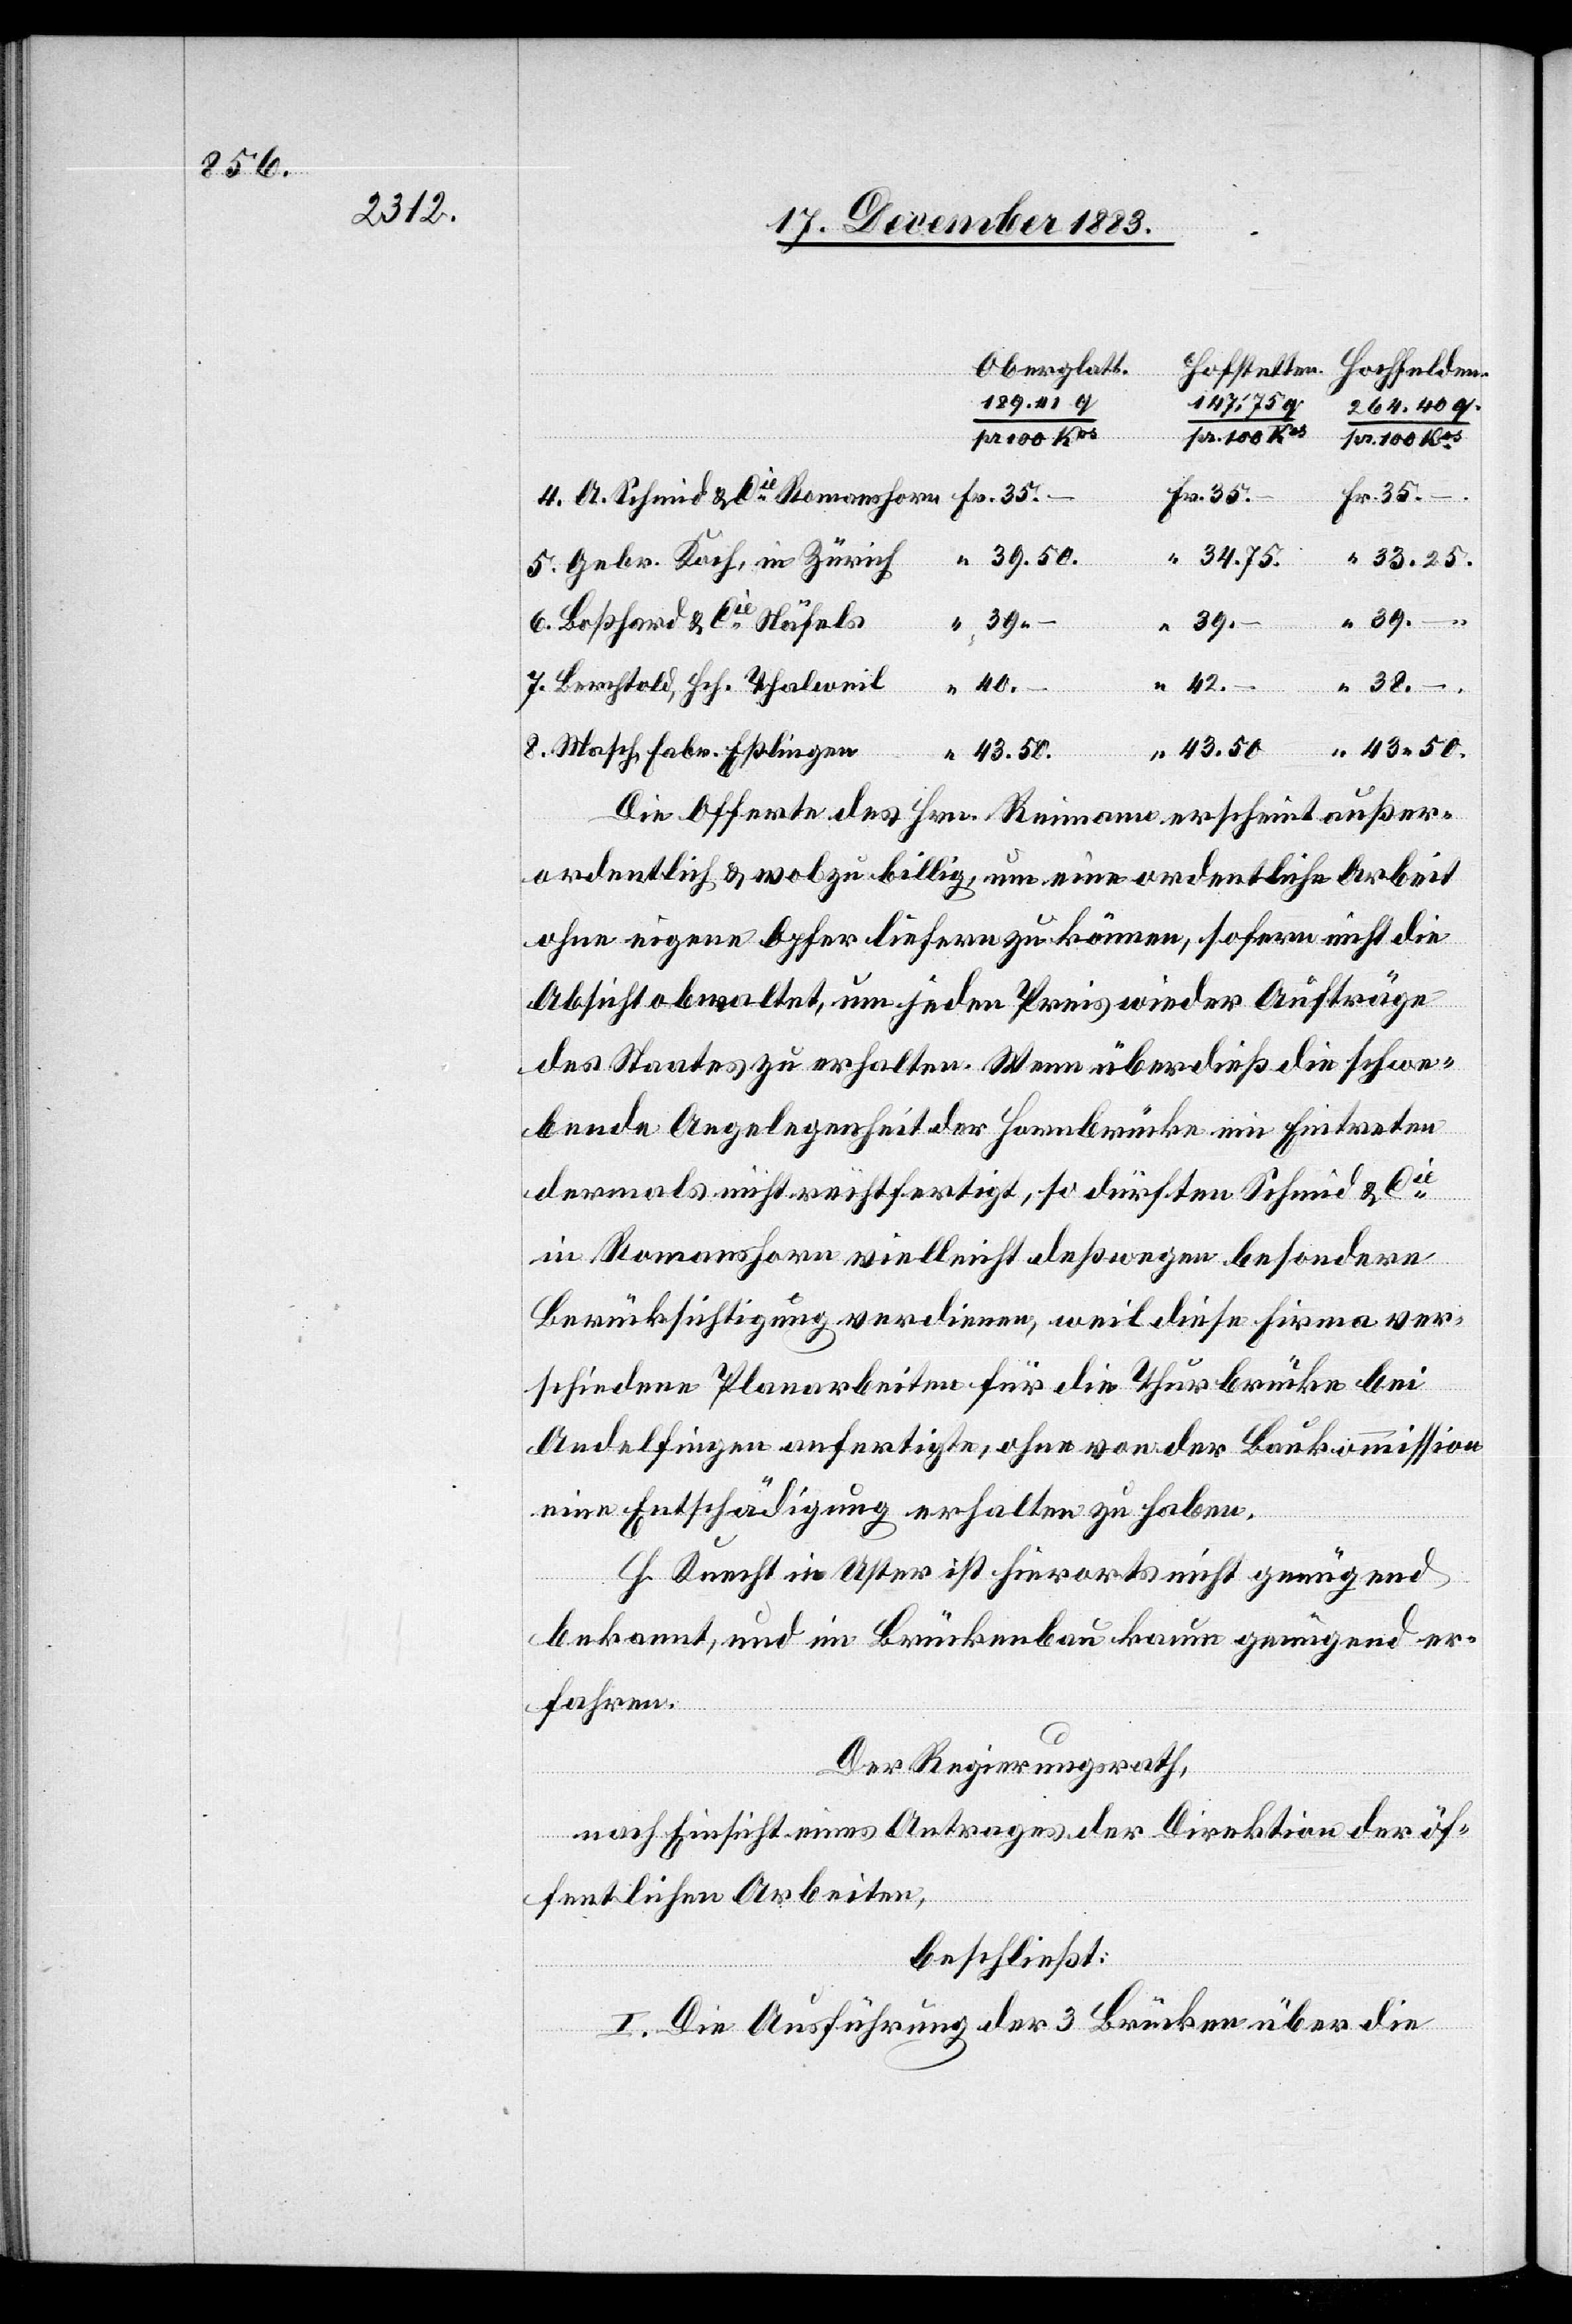
43 50.

43 50.

Oberglatt.
147.78 q
264.40 q.
Esslingen
pr. 100 KM
Gebr. Koch, in Zürich
Boßhard & Cie Näfels
39 –
Berchtold, Hch. Thalweil
Fr.
Die Offerte des Hrn. Reimann erscheint außer¬
ordentlich & wol zu billig, um eine ordentliche Arbeit
ohne eigene Opfer liefern zu können, sofern nicht die
Absicht obwaltet, um jeden Preis wieder Aufträge
des Staates zu erhalten. Wenn überdieß die schwe¬
bende Angelegenheit der Hornbrücke ein Eintreten
dermals nicht rechtfertigt, so dürften Schmid & Cie
in Romanshorn vielleicht deßwegen besondere
Berücksichtigung verdienen, weil diese Firma ver¬
schiedene Planarbeiten für die Thurbrücke bei
Andelfingen anfertigte, ohne von der Baukommission
eine Entschädigung erhalten zu haben.
H. Knecht in Uster ist hierorts nicht genügend
bekannt, und im Brückenbau kaum genügend er¬
fahren.
Der Regierungsrath,
nach Einsicht eines Antrages der Direktion der öf¬
fentlichen Arbeiten,
beschließt:
I. Die Ausführung der 3 Brücken über die